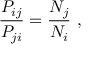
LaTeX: { \frac { P _ { i j } } { P _ { j i } } } = { \frac { N _ { j } } { N _ { i } } } ~ ,